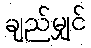
ချည်မျှင်